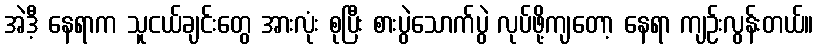
အဲဒီ့ နေရာက သူငယ်ချင်းတွေ အားလုံး စုပြီး စားပွဲသောက်ပွဲ လုပ်ဖို့ကျတော့ နေရာ ကျဉ်းလွန်းတယ်။